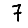
Digit: 7